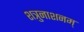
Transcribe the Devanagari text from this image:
शत्रुनाशनम्